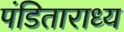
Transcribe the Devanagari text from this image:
पंडिताराध्य